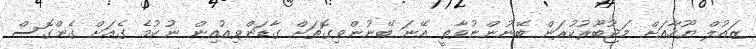
ޒައުލް ޔޫހާއަށް މަޖުބޫރުކުރަން ބޭނުންނުވާތީ އޭނަ ބޭނުންވިގޮތަށް ގާޑަންވިއުއިން ނުކުމެ ގެއަށް ގެންގޮސް